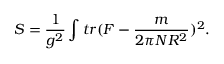
S = \frac { 1 } { g ^ { 2 } } \int t r ( F - \frac { m } { 2 \pi N R ^ { 2 } } ) ^ { 2 } .